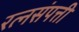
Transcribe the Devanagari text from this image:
रत्नसंपत्ती